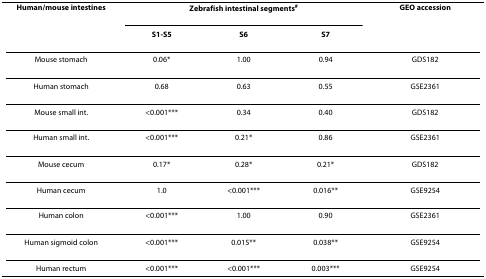
<table><thead><tr><td><b>Human/mouse intestines</b></td><td colspan="3"><b>Zebrafish intestinal segments<sup>#</sup></b></td><td><b>GEO accession</b></td></tr><tr><td></td><td><b>S1-S5</b></td><td><b>S6</b></td><td><b>S7</b></td><td></td></tr></thead><tbody><tr><td>Mouse stomach</td><td>0.06*</td><td>1.00</td><td>0.94</td><td>GDS182</td></tr><tr><td>Human stomach</td><td>0.68</td><td>0.63</td><td>0.55</td><td>GSE2361</td></tr><tr><td>Mouse small int.</td><td>&lt;0.001***</td><td>0.34</td><td>0.40</td><td>GDS182</td></tr><tr><td>Human small int.</td><td>&lt;0.001***</td><td>0.21*</td><td>0.86</td><td>GSE2361</td></tr><tr><td>Mouse cecum</td><td>0.17*</td><td>0.28*</td><td>0.21*</td><td>GDS182</td></tr><tr><td>Human cecum</td><td>1.0</td><td>&lt;0.001***</td><td>0.016**</td><td>GSE9254</td></tr><tr><td>Human colon</td><td>&lt;0.001***</td><td>1.00</td><td>0.90</td><td>GSE2361</td></tr><tr><td>Human sigmoid colon</td><td>&lt;0.001***</td><td>0.015**</td><td>0.038**</td><td>GSE9254</td></tr><tr><td>Human rectum</td><td>&lt;0.001***</td><td>&lt;0.001***</td><td>0.003***</td><td>GSE9254</td></tr></tbody></table>